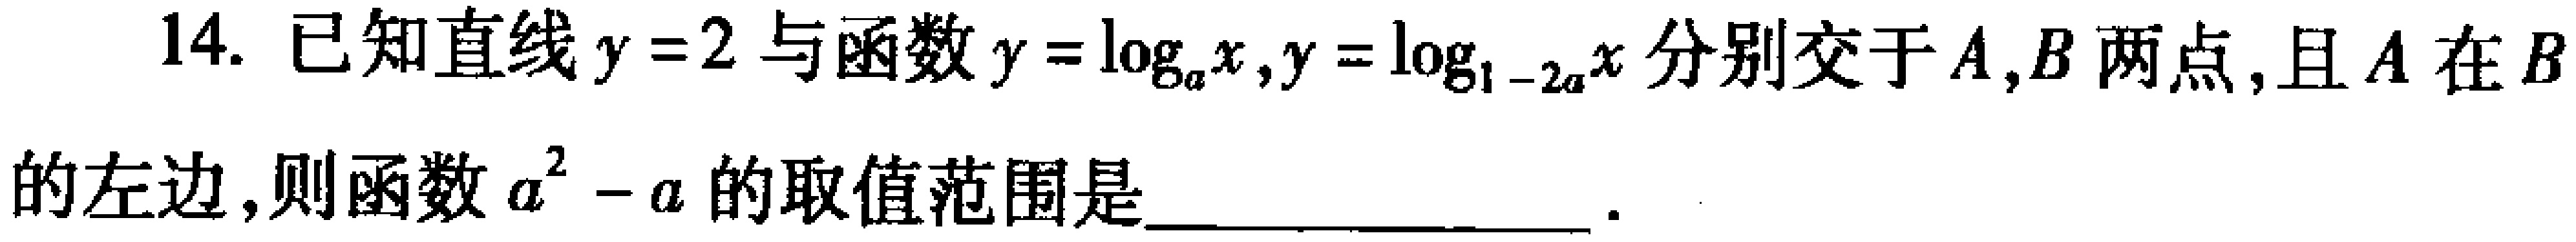
14. 已知直线\(y = 2\)与函数\(y = \log_{a}x,y = \log_{1 - 2a}x\)分别交于\(A,B\)两点, 且\(A\)在\(B\)的左边, 则函数\(a^{2}-a\)的取值范围是___.